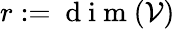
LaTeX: r:=\mathrm{~d~i~m~}(\mathcal{V})